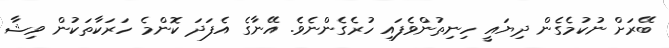
ބޭރަށް ނުކުމެގެން ދިޔައީ ހިނިތުންވެފައި ހުރެގެންނެވެ. އޭނާގެ އެފަދަ ކޮންމެ ހަރަކާތަކުން ވިޝާ